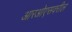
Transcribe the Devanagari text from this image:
आरओएसवरील